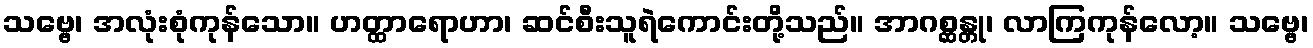
သဗ္ဗေ၊ အလုံးစုံကုန်သော။ ဟတ္ထာရောဟာ၊ ဆင်စီးသူရဲကောင်းတို့သည်။ အာဂစ္ဆန္တု၊ လာကြကုန်လော့။ သဗ္ဗေ၊